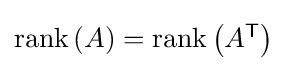
{\textstyle \operatorname {rank} \left(A\right)=\operatorname {rank} \left(A^{\textsf {T}}\right)}